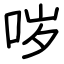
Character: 哕